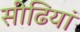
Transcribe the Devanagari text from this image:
सीढि़यां